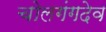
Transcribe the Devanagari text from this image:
चोलगंगदेव